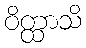
ဝိတ္ထာသိ